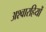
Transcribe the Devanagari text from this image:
अश्वारहियों